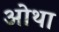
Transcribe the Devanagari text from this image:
ओथा